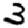
Digit: 3